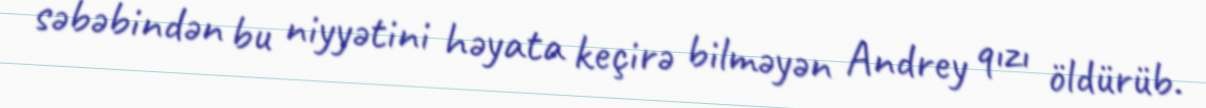
səbəbindən bu niyyətini həyata keçirə bilməyən Andrey qızı öldürüb.